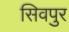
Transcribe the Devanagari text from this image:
सिवपुर